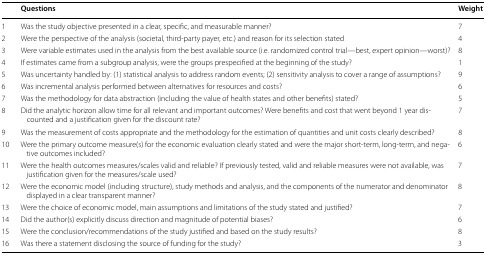
|  | Questions | Weight |
 | --- | --- | --- |
 | 1 | Was the study objective presented in a clear, specific, and measurable manner? | 7 |
 | 2 | Were the perspective of the analysis (societal, third-party payer, etc.) and reason for its selection stated | 4 |
 | 3 | Were variable estimates used in the analysis from the best available source (i.e. randomized control trial—best, expert opinion—worst)? | 8 |
 | 4 | If estimates came from a subgroup analysis, were the groups prespecified at the beginning of the study? | 1 |
 | 5 | Was uncertainty handled by: (1) statistical analysis to address random events; (2) sensitivity analysis to cover a range of assumptions? | 9 |
 | 6 | Was incremental analysis performed between alternatives for resources and costs? | 6 |
 | 7 | Was the methodology for data abstraction (including the value of health states and other benefits) stated? | 5 |
 | 8 | Did the analytic horizon allow time for all relevant and important outcomes? Were benefits and cost that went beyond 1 year discounted and a justification given for the discount rate? | 7 |
 | 9 | Was the measurement of costs appropriate and the methodology for the estimation of quantities and unit costs clearly described? | 8 |
 | 10 | Were the primary outcome measure(s) for the economic evaluation clearly stated and were the major short-term, long-term, and negative outcomes included? | 6 |
 | 11 | Were the health outcomes measures/scales valid and reliable? If previously tested, valid and reliable measures were not available, was justification given for the measures/scale used? | 7 |
 | 12 | Were the economic model (including structure), study methods and analysis, and the components of the numerator and denominator displayed in a clear transparent manner? | 8 |
 | 13 | Were the choice of economic model, main assumptions and limitations of the study stated and justified? | 7 |
 | 14 | Did the author(s) explicitly discuss direction and magnitude of potential biases? | 6 |
 | 15 | Were the conclusion/recommendations of the study justified and based on the study results? | 8 |
 | 16 | Was there a statement disclosing the source of funding for the study? | 3 |